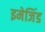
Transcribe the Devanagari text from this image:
इमेजिंड